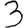
Digit: 3